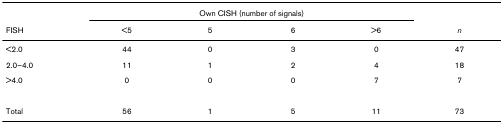
<table><thead><tr><td></td><td colspan="4"><b>Own CISH (number of signals)</b></td><td></td></tr><tr><td><b>FISH</b></td><td><b>&lt;5</b></td><td><b>5</b></td><td><b>6</b></td><td><b>&gt;6</b></td><td><b><i>n</i></b></td></tr></thead><tbody><tr><td>&lt;2.0</td><td>44</td><td>0</td><td>3</td><td>0</td><td>47</td></tr><tr><td>2.0–4.0</td><td>11</td><td>1</td><td>2</td><td>4</td><td>18</td></tr><tr><td>&gt;4.0</td><td>0</td><td>0</td><td>0</td><td>7</td><td>7</td></tr><tr><td>Total</td><td>56</td><td>1</td><td>5</td><td>11</td><td>73</td></tr></tbody></table>